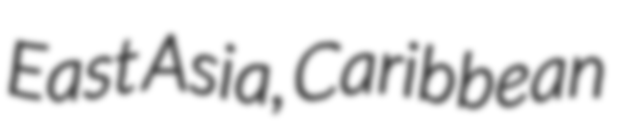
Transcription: East Asia, Caribbean